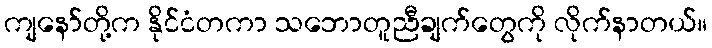
ကျနော်တို့က နိုင်ငံတကာ သဘောတူညီချက်တွေကို လိုက်နာတယ်။